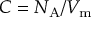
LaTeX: C = N _ { \mathrm { A } } / V _ { \mathrm { m } }